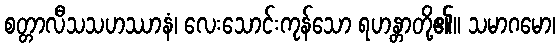
စတ္တာလီသသဟဿာနံ၊ လေးသောင်းကုန်သော ရဟန္တာတို့၏။ သမာဂမော၊